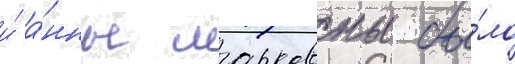
и́ а́нны марковны бы́ло